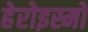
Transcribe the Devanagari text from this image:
हेरोइस्मो